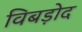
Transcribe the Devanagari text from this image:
विबड़ोद